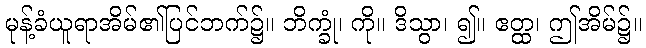
မုန့်ခံယူရာအိမ်၏ပြင်ဘက်၌။ ဘိက္ခုံ၊ ကို။ ဒိသွာ၊ ၍။ ဧတ္ထ၊ ဤအိမ်၌။